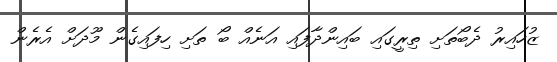
ޒުހައިރު ދެބޯތަށި ތިރީގައި ބައިންދާފައި އަނެއް ބޯ ތަށި ހިފައިގެން މޫދަށް އެރެން